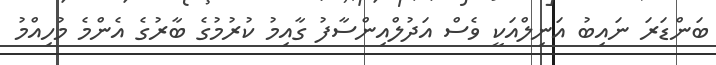
ބަންޑަރަ ނައިބު އަނިލްއަކީ ވެސް އަދުލްއިންސާފު ގާއިމު ކުރުމުގެ ބާރުގެ އެންމެ މުހިއްމު